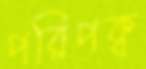
পরিপক্ব